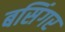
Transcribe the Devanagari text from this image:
बसिंगर